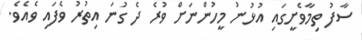
ސާފު ތިމާވެށީގައި އުޅުނު މީހުންނަށް ވުރެ ދެ ގުނަ އިތުރު ވެފައި ވެއެވެ.